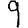
Digit: 9